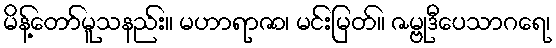
မိန့်တော်မူသနည်း။ မဟာရာဇာ၊ မင်းမြတ်။ ဇမ္ဗုဒီပေသာဂရေ၊